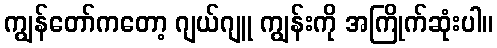
ကျွန်တော်ကတော့ ဂျယ်ဂျူ ကျွန်းကို အကြိုက်ဆုံးပါ။